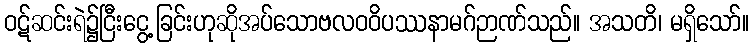
ဝဋ်ဆင်းရဲ၌ငြီးငွေ့ခြင်းဟုဆိုအပ်သောဗလဝဝိပဿနာမဂ်ဉာဏ်သည်။ အသတိ၊ မရှိသော်။